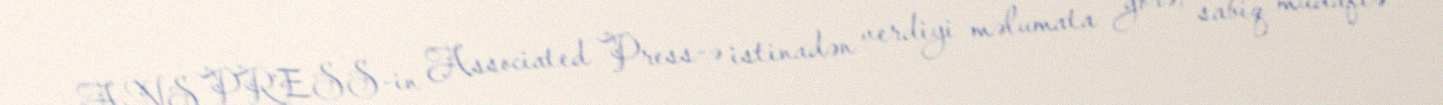
ANS PRESS-in Associated Press-ə istinadən verdiyi məlumata görə, sabiq müdafiə